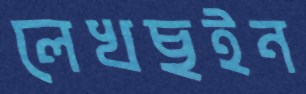
লেখছইন